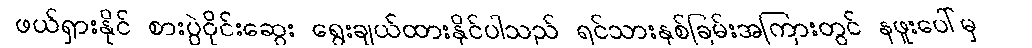
ဖယ်ရှားနိုင် စားပွဲဝိုင်းဆွေး ရွေးချယ်ထားနိုင်ပါသည် ရင်သားနှစ်ခြမ်းအကြားတွင် နဖူးပေါ်မှ